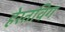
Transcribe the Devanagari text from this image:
हेरतविग